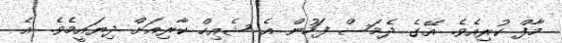
މާފް ކުރިއެވެ. އޭގެ ދެމަސް ފަހުން އެ ޝެއިހް ކާރިއަށް ދިޔައީމެވެ. އެ